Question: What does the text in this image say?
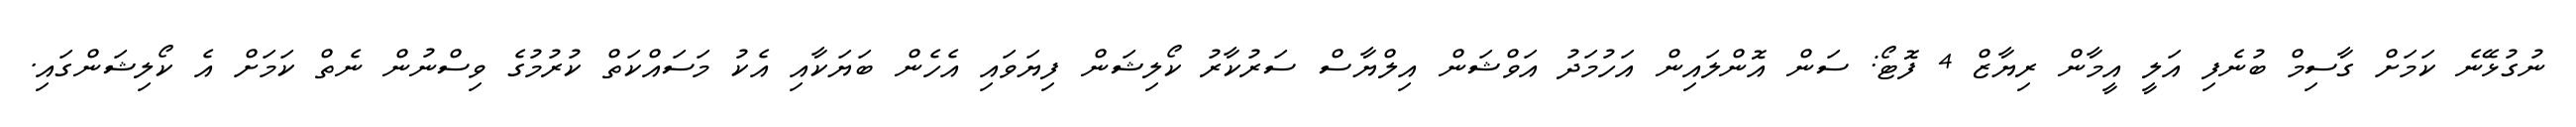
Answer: ނުގުޅޭނެ ކަމަށް ގާސިމް ބުނެފި އަލީ އީމާން ރިޔާޒް 4 ފޮޓޯ: ސަން އޮންލައިން އަހުމަދު އަވްޝަން އިލްޔާސް ސަރުކާރު ކޯލިޝަން ފިޔަވައި އެހެން ބަޔަކާއި އެކު މަސައްކަތް ކުރުމުގެ ވިސްނުން ނެތް ކަމަށް އެ ކޯލިޝަންގައި.